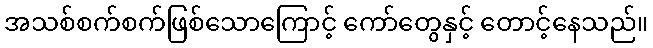
အသစ်စက်စက်ဖြစ်သောကြောင့် ကော်တွေနှင့် တောင့်နေသည်။